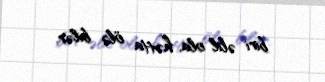
biri əlil ola, hətta ölə bilər.